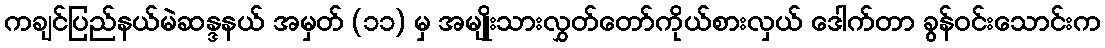
ကချင်ပြည်နယ်မဲဆန္ဒနယ် အမှတ် (၁၁) မှ အမျိုးသားလွှတ်တော်ကိုယ်စားလှယ် ဒေါက်တာ ခွန်ဝင်းသောင်းက